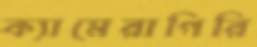
ক্যামেরাগিরি